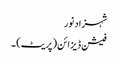
شہزاد نور
فیشن ڈیزائن (پریٹ) ۔